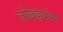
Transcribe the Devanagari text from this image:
लोखंडयांना